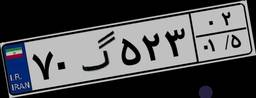
۷۰گ۵۲۳۰۲